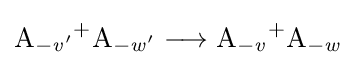
{\mathrm {A} {\vphantom {A}}_{\smash[{t}]{\mathit {-v'}}}{\vphantom {A}}^{+}\mathrm {A} {\vphantom {A}}_{\smash[{t}]{\mathit {-w'}}}{}\mathrel {\longrightarrow } {}\mathrm {A} {\vphantom {A}}_{\smash[{t}]{\mathit {-v}}}{\vphantom {A}}^{+}\mathrm {A} {\vphantom {A}}_{\smash[{t}]{\mathit {-w}}}}